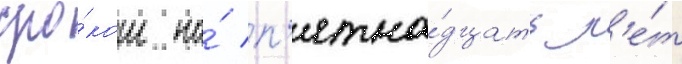
сро́ком на́ п'ятна́дцать л'е́т